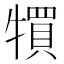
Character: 𤛬